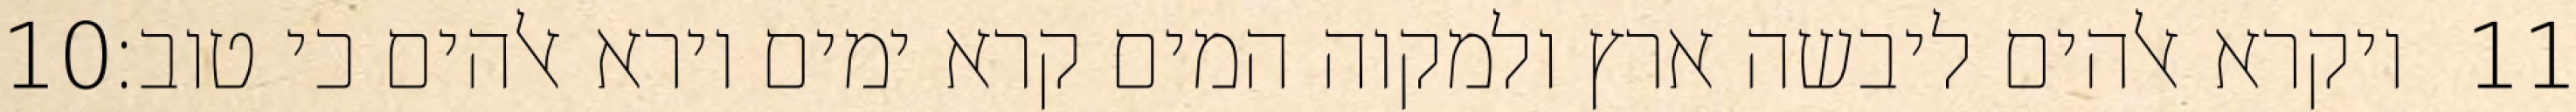
‎10‏ ויקרא אלהים ליבשה ארץ ולמקוה המים קרא ימים וירא אלהים כי טוב׃ ‎11‏